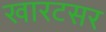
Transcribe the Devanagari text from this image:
खारटसर